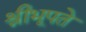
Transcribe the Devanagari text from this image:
श्रीभूपते